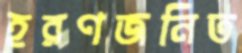
হরণজনিত